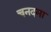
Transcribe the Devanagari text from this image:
चनदमा